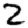
Digit: 2